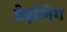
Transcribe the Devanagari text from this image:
ब्रेझोनेग